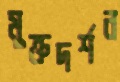
মুক্তদর্শন